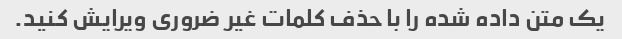
یک متن داده شده را با حذف کلمات غیر ضروری ویرایش کنید.